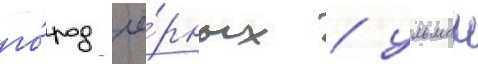
го́род чё́рных / ульман